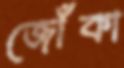
জোঁকা